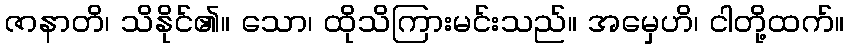
ဇာနာတိ၊ သိနိုင်၏။ သော၊ ထိုသိကြားမင်းသည်။ အမှေဟိ၊ ငါတို့ထက်။